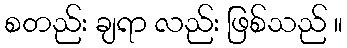
စတည်း ချရာ လည်း ဖြစ်သည် ။